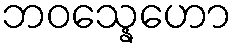
ဘဝသ္နေဟော